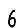
Digit: 6